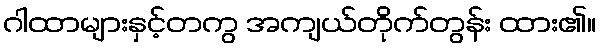
ဂါထာများနှင့်တကွ အကျယ်တိုက်တွန်း ထား၏။